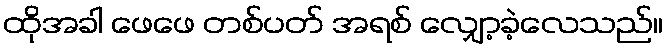
ထိုအခါ ဖေဖေ တစ်ပတ် အရစ် လျှော့ခဲ့လေသည်။